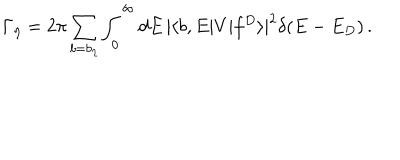
\Gamma _ { \eta } = 2 \pi \sum _ { b = b _ { \eta } } \int _ { 0 } ^ { \infty } d E \, | \langle b , E | V | f ^ { D } \rangle | ^ { 2 } \delta ( E - E _ { D } ) \, .